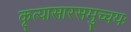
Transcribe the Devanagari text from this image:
कृत्यासारसमुच्चयः